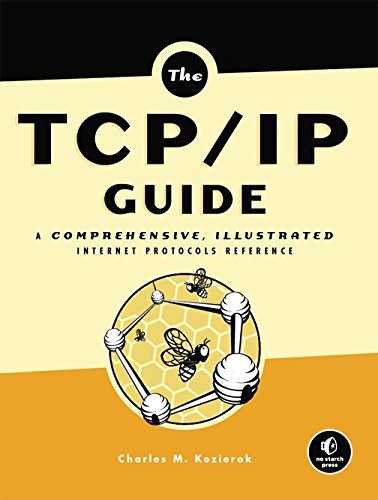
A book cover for The TCP/IP Guide: A Comprehensive, Illustrated Internet Protocols Reference; Charles M. Kozierok; Computers & Technology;